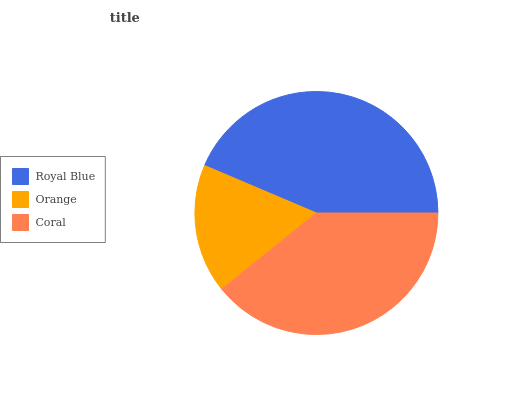
| Royal Blue | Orange | Coral |
 | --- | --- | --- |
 | 43.6% | 17.2% | 39.2% |